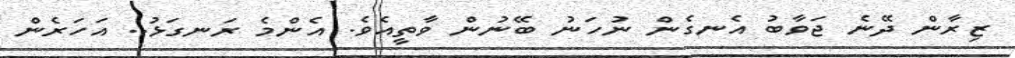
ޒިރާން ދޭނެ ޖަވާބު އެނގެން ނުހަނު ބޭނުން ވާތީއެވެ. އެންމެ ރަނގަޅު.. އަހަރެން